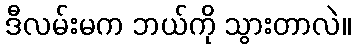
ဒီလမ်းမက ဘယ်ကို သွားတာလဲ။